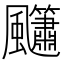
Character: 𮨳